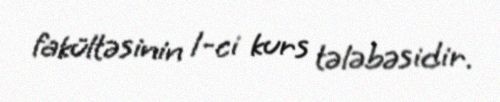
fakültəsinin 1-ci kurs tələbəsidir.